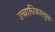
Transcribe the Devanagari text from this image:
उच्चाधिकारयुक्त